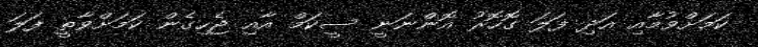
ކަމަށްވުމާއި އަދި ފަލަ ގޮހޮރު އޮންނަނީ ސީކަމް އާއި ޖެހިގެން ކަމަށްވާތީ ފަލަ